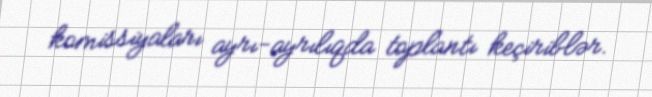
komissiyaları ayrı-ayrılıqda toplantı keçiriblər.